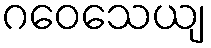
ဂဝေသေယျ